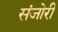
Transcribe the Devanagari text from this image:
संजोरी